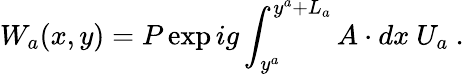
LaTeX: W_{a}(x,y)=P\exp{ig\int_{y^{a}}^{y^{a}+L_{a}}A\cdot dx}~U_{a}~.